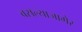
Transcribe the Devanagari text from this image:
बसल्याजागेर